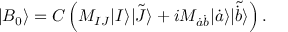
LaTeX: | B _ { 0 } \rangle = C \left( M _ { I J } | I \rangle \tilde { | J \rangle } + i M _ { \dot { a } \dot { b } } | \dot { a } \rangle \tilde { | \dot { b } \rangle } \right) .